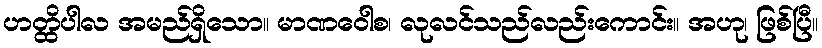
ဟတ္ထိပါလ အမည်ရှိသော။ မာဏဝေါစ၊ လုလင်သည်လည်းကောင်း။ အဟု၊ ဖြစ်ပြီ။